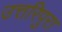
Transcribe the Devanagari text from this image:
उत्तरिपुरा